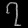
Digit: ၇